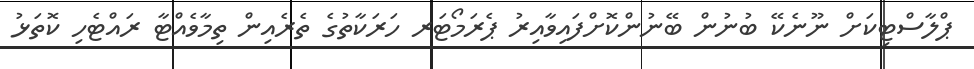
ޕްލާސްޓިކަށް ނޫނެކޭ ބުނުން ބޭނުންކޮށްފައިވާއިރު ޕެރަމޯޓަރ ހަރަކާތުގެ ތެރެއިން ތިމާވެއްޓާ ރައްޓެހި ކޮތަޅު